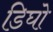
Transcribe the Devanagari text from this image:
डिघो